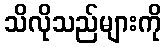
သိလိုသည်များကို